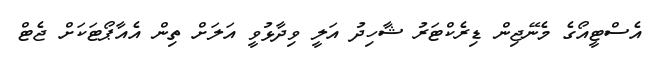
އެސްޓީއޯގެ މެނޭޖިން ޑިރެކްޓަރު ޝާހިދު އަލީ ވިދާޅުވީ އަލަށް ތިން އެއާޕޯޓަކަށް ޖެޓް